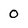
Character: 0